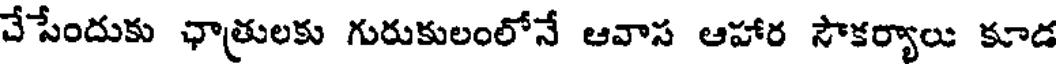
చేసేందుకు ఛాత్రులకు గురుకులంలోనే ఆవాస ఆహార సౌకర్యాలు కూడ